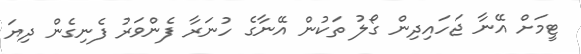
ޓީމަށް އޭނާ ޖަހައިދިން ގޯލު ތަކުން އޭނާގެ ހުނަރާ ފެންވަރު ފެނިގެން ދިޔަ